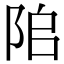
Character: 𨹅